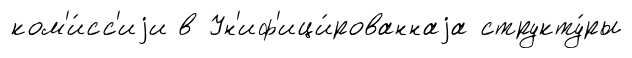
ком'и́сс'иjи в Ун'иф'ици́рованнаjа структу́ры